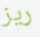
ريز